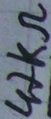
Text: 47kΩ